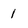
Character: 1